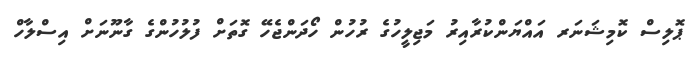
ޕޮލިސް ކޮމިޝަނަރ އައްޔަންކުރާއިރު މަޖިލީހުގެ ރުހުން ހޯދަންޖެހޭ ގޮތަށް ފުލުހުންގެ ގާނޫނަށް އިސްލާހް